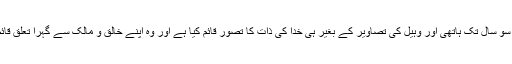
اس لیے کہ مسلمانوں نے تیرہ سو سال تک ہاتھی اور وہیل کی تصاویر کے بغیر ہی خدا کی ذات کا تصور قائم کیا ہے اور وہ اپنے خالق و مالک سے گہرا تعلق قائم کرنے میں کامیاب رہے ہیں۔